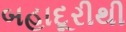
બહાદૂરીથી